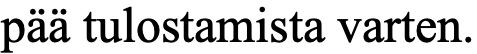
pää tulostamista varten.